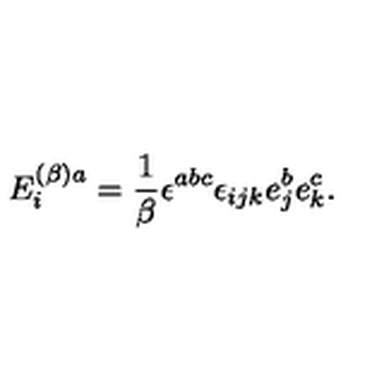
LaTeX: E _ { i } ^ { ( \beta ) a } = \frac { 1 } { \beta } \epsilon ^ { a b c } \epsilon _ { i j k } e _ { j } ^ { b } e _ { k } ^ { c } .